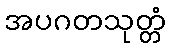
အပဂတသုတ္တံ